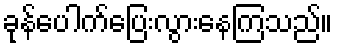
ခုန်ပေါက်ပြေးလွားနေကြသည်။